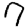
Digit: 7